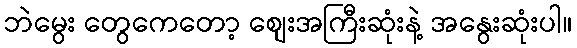
ဘဲမွေး တွေကေတော့ စျေးအကြီးဆုံးနဲ့ အနွေးဆုံးပါ။